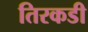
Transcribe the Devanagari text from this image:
तिरकडी